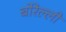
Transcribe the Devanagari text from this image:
बोरेल्ली